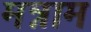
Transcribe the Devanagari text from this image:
मन्नाम